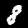
Digit: 8